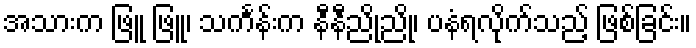
အသားက ဖြူ ဖြူ၊ သင်္ကန်းက နီနီညိုညို၊ ပနံရလိုက်သည့် ဖြစ်ခြင်း။